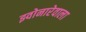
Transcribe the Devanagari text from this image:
झ्वोनारेवाला